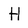
Character: H